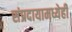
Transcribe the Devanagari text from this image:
संप्रदायामध्येही